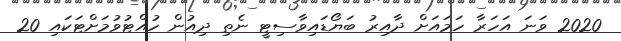
2020 ވަނަ އަހަރާ ހަމައަށް ދާއިރު ބަޔޯޑައިވާސިޓީ ނެތި ދިއުން ހުއްޓުވުމަށްޓަކައި 20